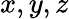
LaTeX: x,y,z